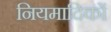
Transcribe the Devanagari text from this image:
नियमादिकों